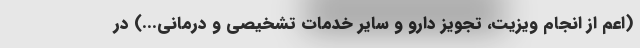
(اعم از انجام ویزیت، تجویز دارو و سایر خدمات تشخیصی و درمانی...) در